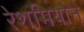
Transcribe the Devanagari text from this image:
रेशमियाने